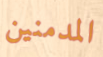
المدمنين